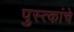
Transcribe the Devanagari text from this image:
पुस्त्कांचे